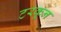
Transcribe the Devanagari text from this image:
टरकून